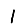
Digit: 1